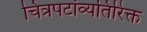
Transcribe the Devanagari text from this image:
चित्रपटांव्यतिरिक्त